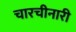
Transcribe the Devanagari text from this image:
चारचीनारी